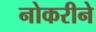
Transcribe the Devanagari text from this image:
नोकरीने